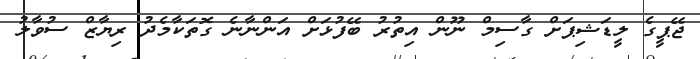
ޖޭޕީގެ ލީޑަޝިޕަށް ގާސިމް ނޫން އިތުރު ބޭފުޅަށް އަންނާނެ ގޮތަކާމެދު ރިޔާޒް ސުވާލު